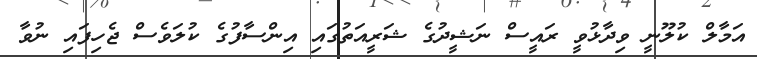
އަމާލް ކުލޫނީ ވިދާޅުވީ ރައީސް ނަޝީދުގެ ޝަރީއަތުގައި އިންސާފުގެ ކުލަވެސް ޖެހިފައި ނުވާ